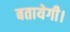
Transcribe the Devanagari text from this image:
बतायेगी।